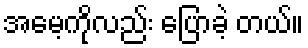
အမေ့ကိုလည်း ပြောခဲ့ တယ်။